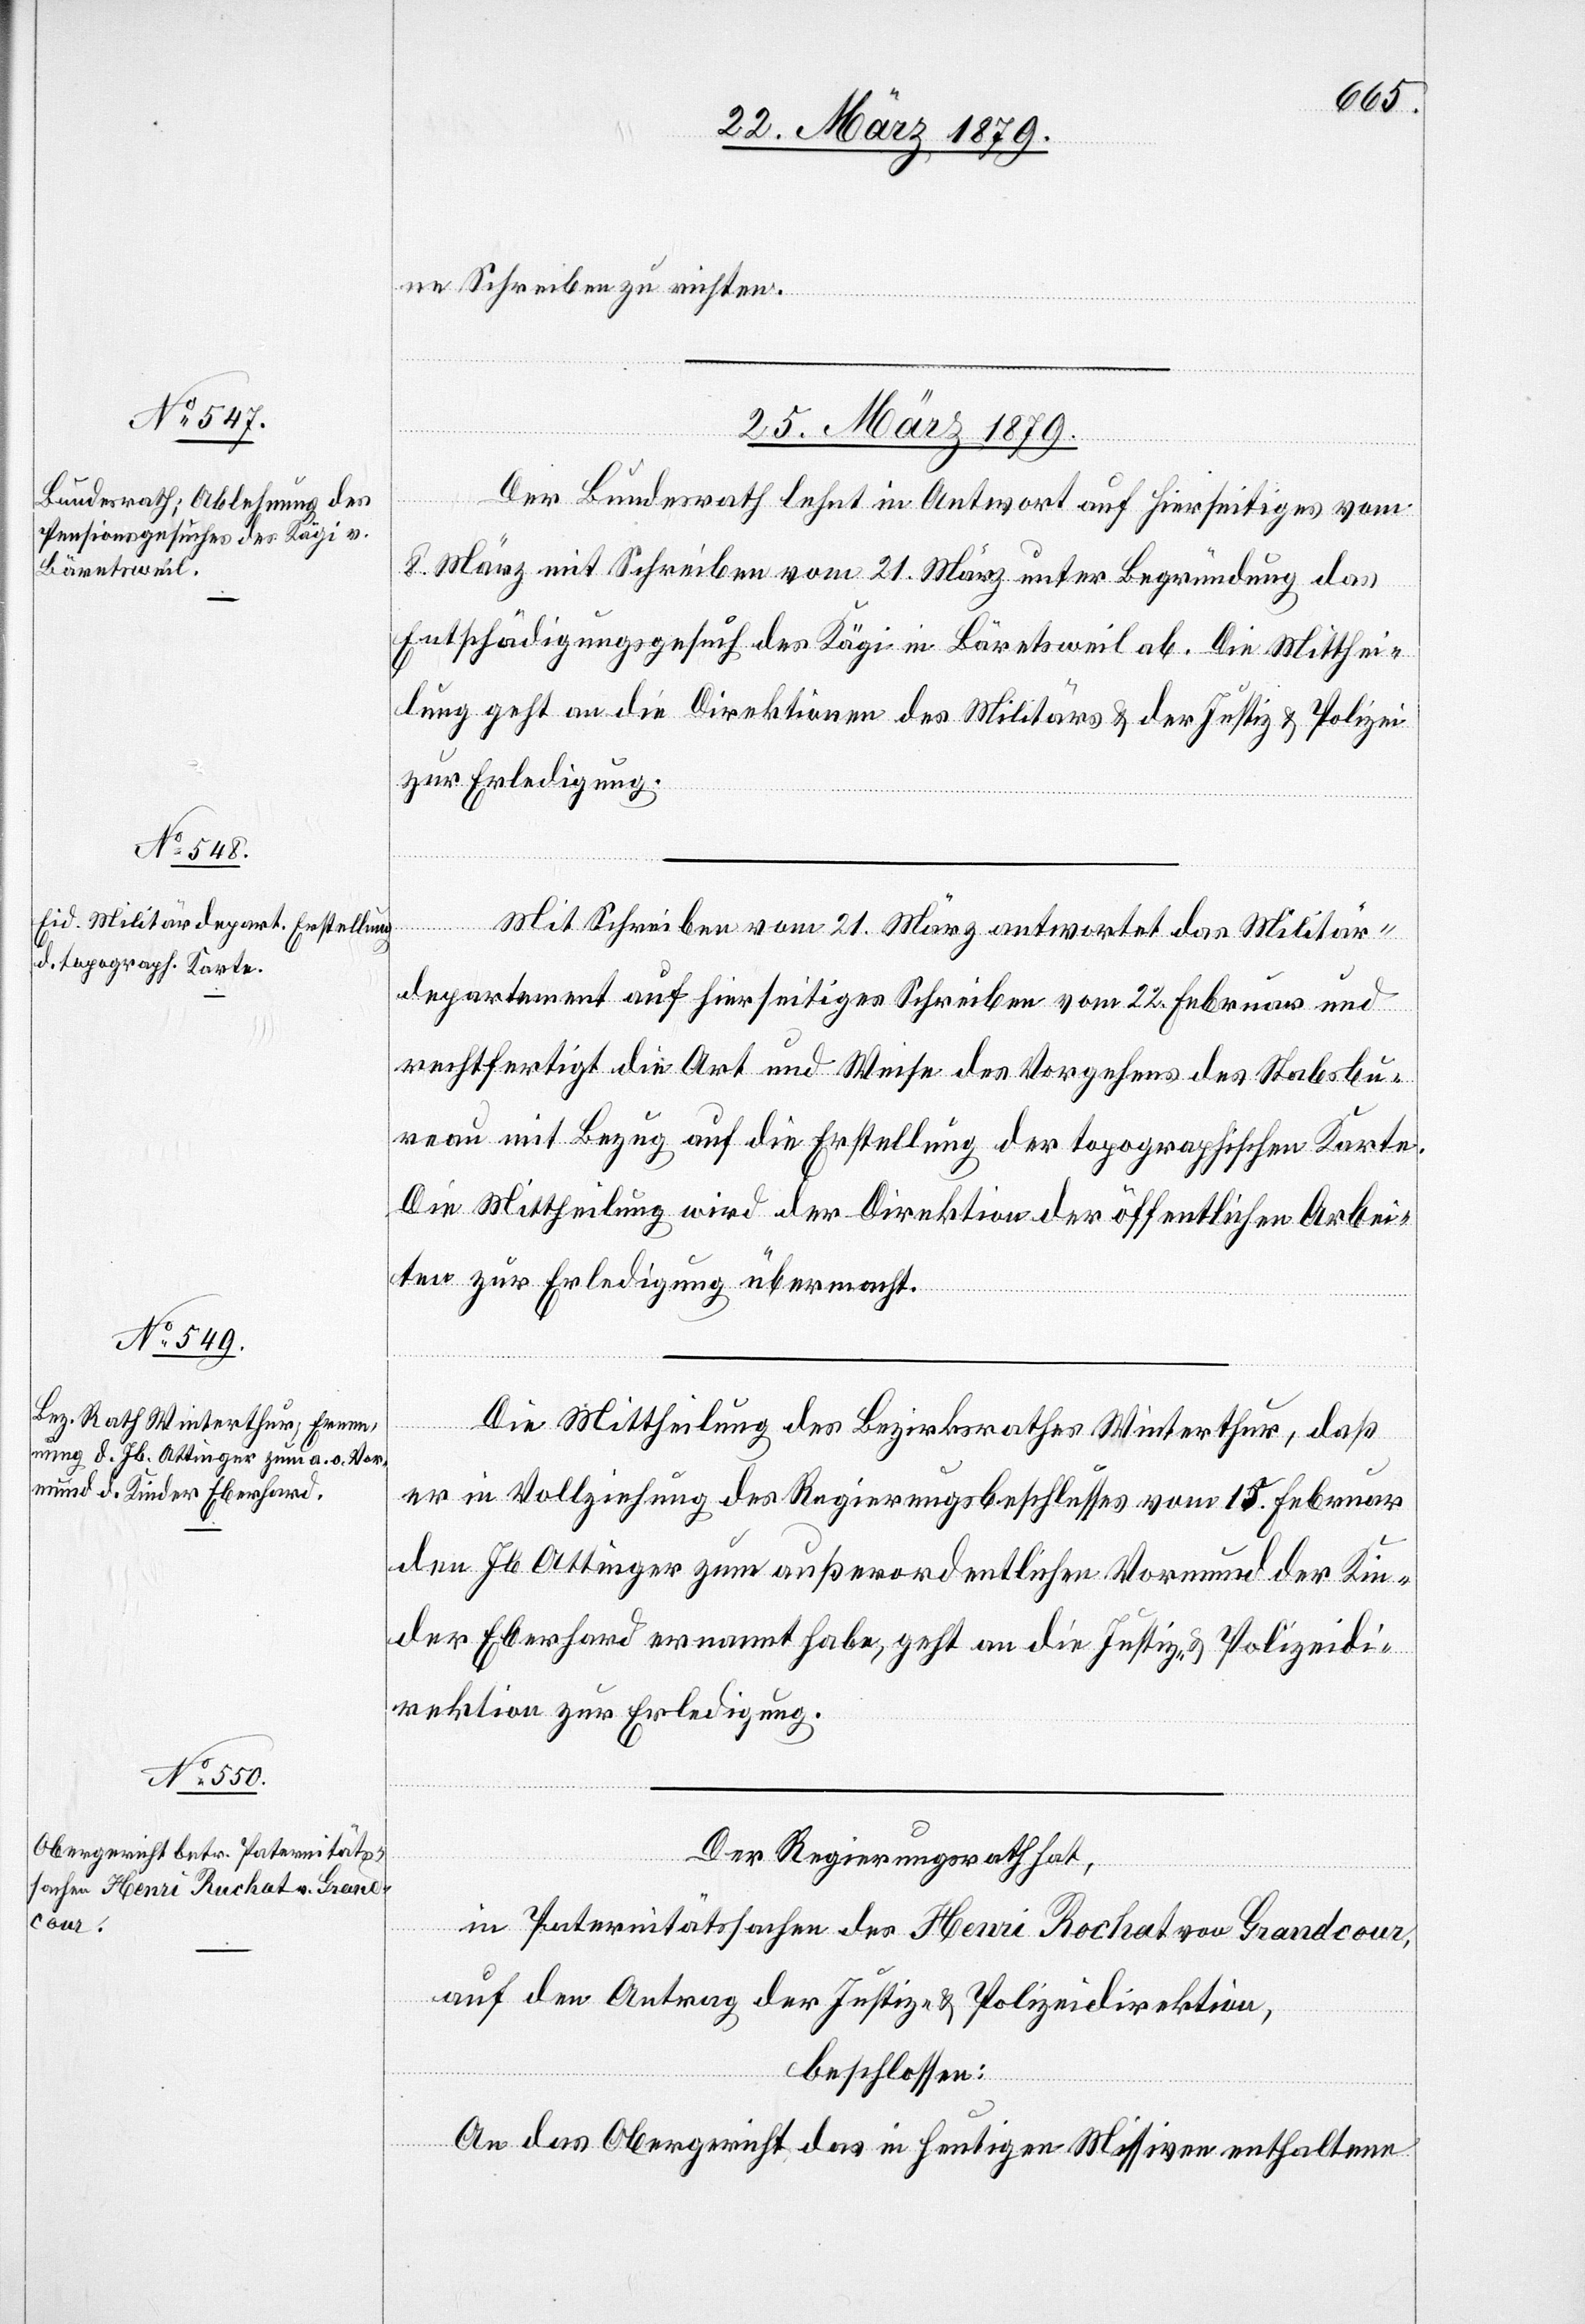
ne Schreiben zu richten.
25. März 1879.]
Der Bundesrath lehnt in Antwort auf Hierseitiges vom
8. März mit Schreiben vom 21. März unter Begründung das
Entschädigungsgesuch des Kägi in Bäretsweil ab. Die Mitthei¬
lung geht an die Direktionen des Militärs & der Justiz & Polizei
zur Erledigung.
Mit Schreiben vom 21. März antwortet das Militär¬
departement auf hierseitiges Schreiben vom 22. Februar und
rechtfertigt die Art und Weise des Vorgehens des Stabsbu¬
reau mit Bezug auf die Erstellung der topographischen Karte.
Die Mittheilung wird der Direktion der öffentlichen Arbei¬
ten zur Erledigung übermacht.
Die Mittheilung des Bezirksrathes Winterthur, daß
er in Vollziehung des Regierungsbeschlusses vom 1[?5]. Februar
den Jb. Attinger zum außerordentlichen Vormund der Kin¬
der Eberhard ernannt habe, geht an die Justiz- & Polizeidi¬
rektion zur Erledigung.
Der Regierungsrath hat,
in Paternitätssachen des Henri Rochat von Grandcour,
auf den Antrag der Justiz- & Polizeidirektion,
beschlossen:
An das Obergericht das in heutigen Missiven enthaltene